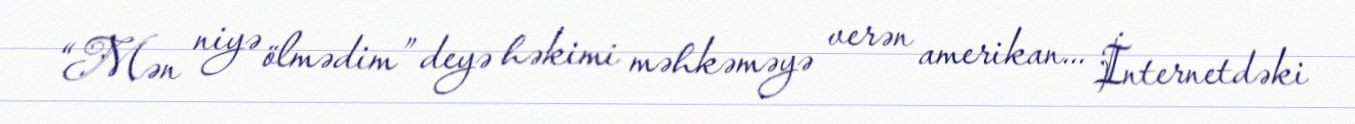
“Mən niyə ölmədim” deyə həkimi məhkəməyə verən amerikan... İnternetdəki